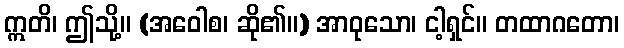
ဣတိ၊ ဤသို့။ (အဝေါစ၊ ဆို၏။) အာဝုသော၊ ငါ့ရှင်။ တထာဂတော၊